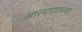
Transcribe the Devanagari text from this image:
आरमारातल्या